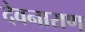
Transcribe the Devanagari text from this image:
देवनाराण